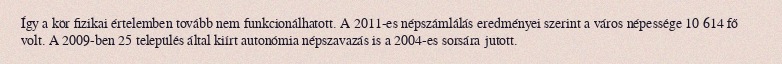
Így a kör fizikai értelemben tovább nem funkcionálhatott. A 2011-es népszámlálás eredményei szerint a város népessége 10 614 fő volt. A 2009-ben 25 település által kiírt autonómia népszavazás is a 2004-es sorsára jutott.